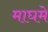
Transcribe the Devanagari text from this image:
माघमे